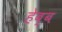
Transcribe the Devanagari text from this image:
हेब्ब